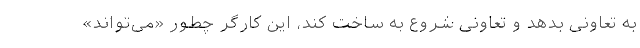
به تعاونی بدهد و تعاونی شروع به ساخت کند، این کارگر چطور «می‌تواند»